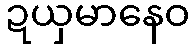
ဍယှမာနေဝ